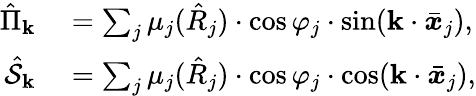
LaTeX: \begin{array}{rl}{\hat{\Pi}_{\mathbf{k}}}&{{}=\sum_{j}\mu_{j}(\hat{R}_{j})\cdot\cos\varphi_{j}\cdot\sin(\mathbf{k}\cdot\bar{\boldsymbol x}_{j}),}\\ {\hat{\mathcal{S}}_{\mathbf{k}}}&{{}=\sum_{j}\mu_{j}(\hat{R}_{j})\cdot\cos\varphi_{j}\cdot\cos(\mathbf{k}\cdot\bar{\boldsymbol x}_{j}),}\end{array}